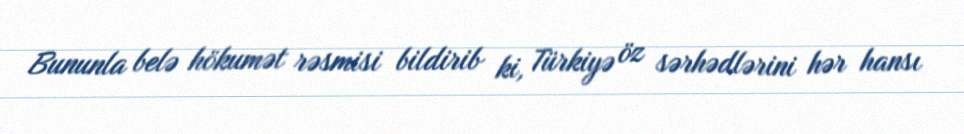
Bununla belə hökumət rəsmisi bildirib ki, Türkiyə öz sərhədlərini hər hansı